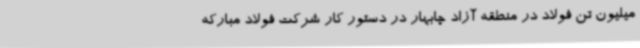
میلیون تن فولاد در منطقه آزاد چابهار در دستور کار شرکت فولاد مبارکه